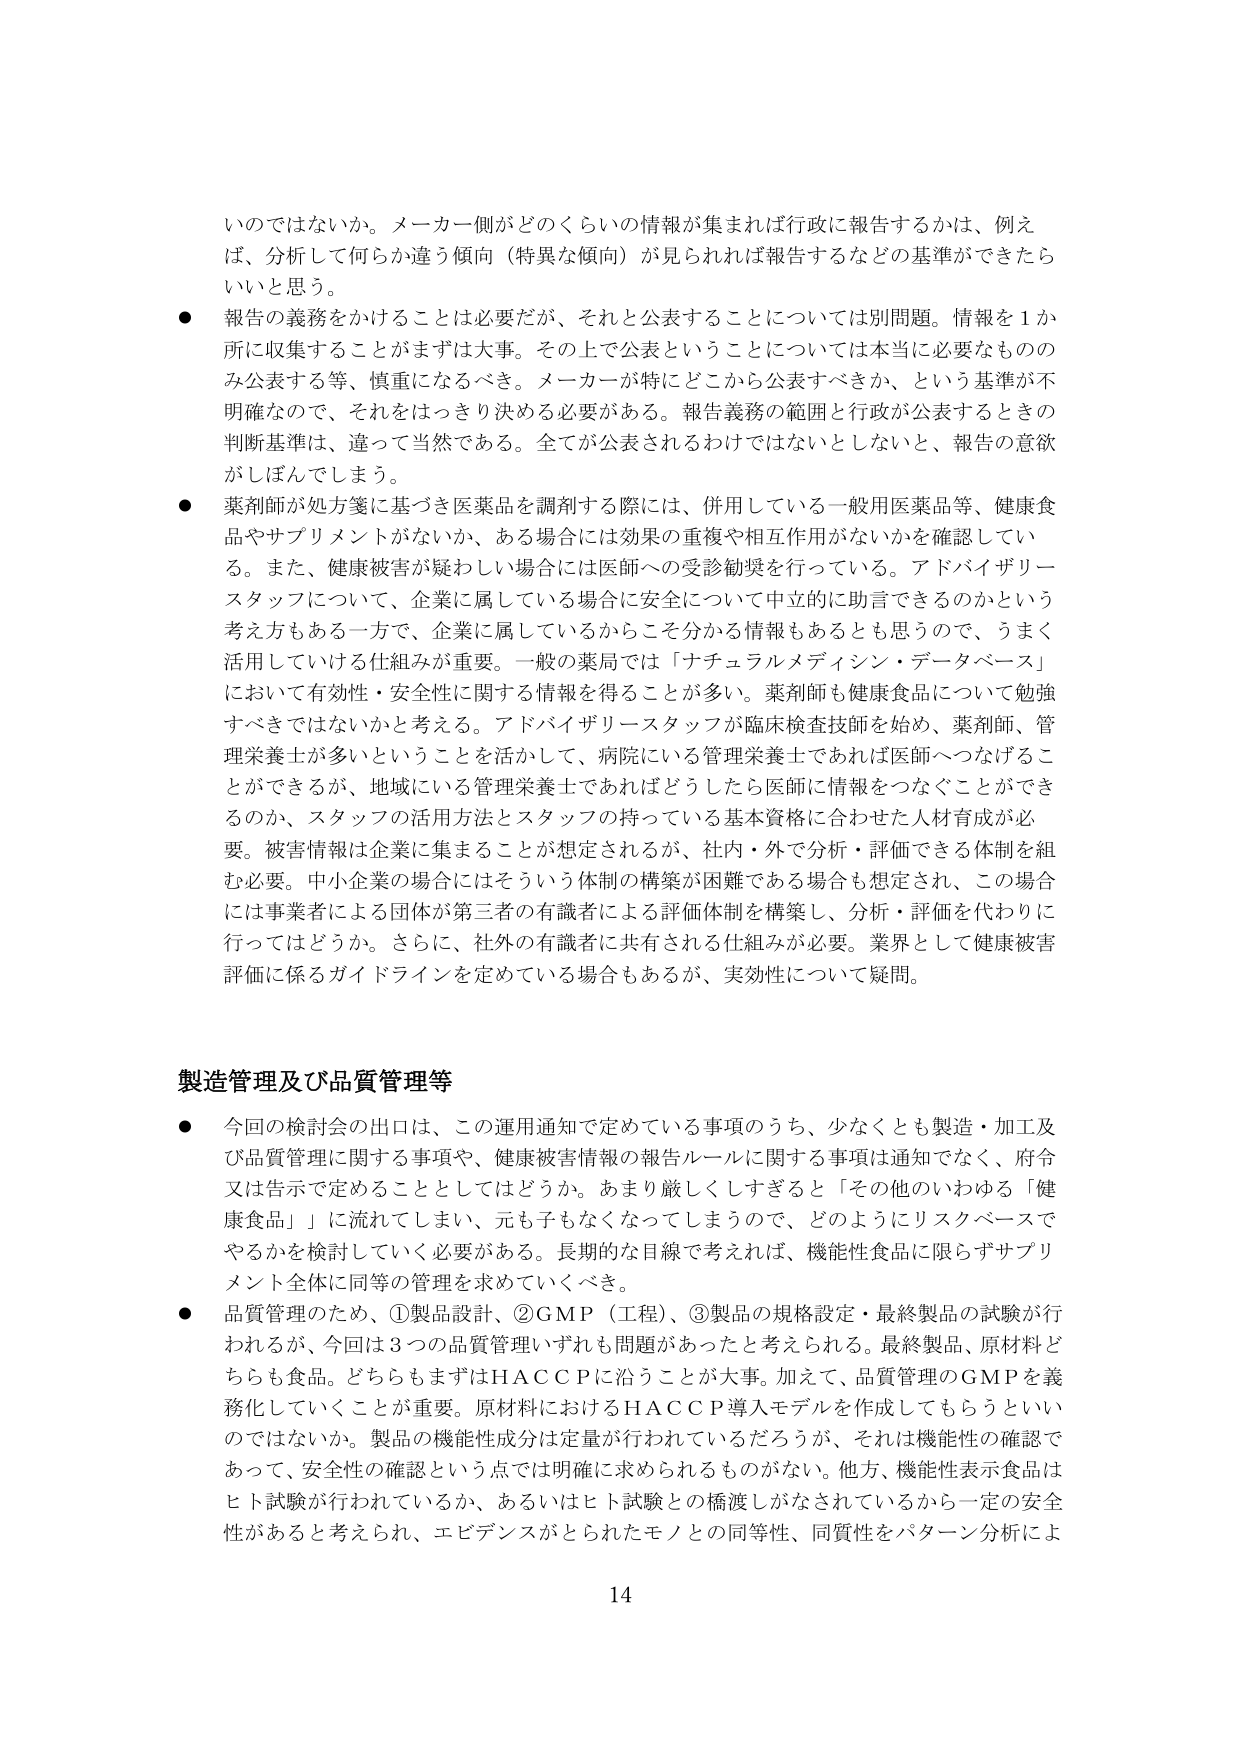
いのではないか。メーカー側がどのくらいの情報が集まれば行政に報告するかは、例えば、分析して何らか違う傾向（特異な傾向）が見られれば報告するなどの基準ができたらいいと思う。

● 報告の義務をかけることは必要だが、それと公表することについては別問題。情報を1か所に収集することがまずは大事。その上で公表ということについては本当に必要なもののみ公表する等、慎重になるべき。メーカーが特にどこから公表すべきか、という基準が不明確なので、それはっきり決める必要がある。報告義務の範囲と行政が公表するときの判断基準は、違って当然である。全てが公表されるわけではないとしないと、報告の意欲がしぼんでしまう。

● 薬剤師が処方箋に基づき医薬品を調剤する際には、併用している一般用医薬品等、健康食品やサプリメントがないか、ある場合には効果の重複や相互作用がないかを確認している。また、健康被害が疑わしい場合には医師への受診勧奨を行っている。アドバイザリースタッフについて、企業に属している場合に安全について中立的に助言できるのかという考え方もある一方で、企業に属しているからこそ分かる情報もあるとも思うので、うまく活用していける仕組みが重要。一般の薬局では「ナチュラルメディシン・データベース」において有効性・安全性に関する情報を得ることが多い。薬剤師も健康食品について勉強すべきではないかと考える。アドバイザリースタッフが臨床検査技師を始め、薬剤師、管理栄養士が多いということを活かして、病院にいる管理栄養士であれば医師へつなげることができるが、地域にいる管理栄養士であればどうしたら医師に情報をつなぐことができるのか、スタッフの活用方法とスタッフの持っている基本資格に合わせた人材育成が必要。被害情報は企業に集まることが想定されるが、社内・外で分析・評価できる体制を組む必要。中小企業の場合にはそういう体制の構築が困難である場合も想定され、この場合には事業者による団体が第三者の有識者による評価体制を構築し、分析・評価を代わりに行ってはどうか。さらに、社外の有識者に共有される仕組みが必要。業界として健康被害評価に係るガイドラインを定めている場合もあるが、実効性について疑問。

製造管理及び品質管理等

● 今回の検討会の出口は、この運用通知で定めている事項のうち、少なくとも製造・加工及び品質管理に関する事項や、健康被害情報の報告ルールに関する事項は通知でなく、府令又は告示で定めることとしてはどうか。あまり厳しくしすぎると「その他のいわゆる『健康食品』」に流れてしまい、元も子もなくなってしまうので、どのようにリスクベースでやるかを検討していく必要がある。長期的な目線で考えれば、機能性食品に限らずサプリメント全体に同等の管理を求めていくべき。

● 品質管理のため、①製品設計、②GMP（工程）、③製品の規格設定・最終製品の試験が行われるが、今回は3つの品質管理いずれも問題があったと考えられる。最終製品、原材料どちらも食品。どちらもまずはHACCPに沿うことが大事。加えて、品質管理のGMPを義務化していくことが重要。原材料におけるHACCP導入モデルを作成してもらうといいのではないか。製品の機能性成分は定量が行われているだろうが、それは機能性の確認であって、安全性の確認という点では明確に求められるものがない。他方、機能性表示食品はヒト試験が行われているか、あるいはヒト試験との橋渡しがなされているから一定の安全性があると考えられ、エビデンスがとられたモノとの同等性、同質性をパターン分析によ

14